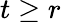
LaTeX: t\geq r